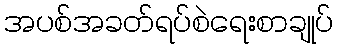
အပစ်အခတ်ရပ်စဲရေးစာချုပ်